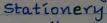
Stationery